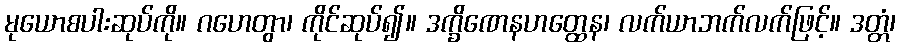
မုယောစပါးဆုပ်ကို။ ဂဟေတွာ၊ ကိုင်ဆုပ်၍။ ဒက္ခိဏေနဟတ္ထေန၊ လက်ယာဘက်လက်ဖြင့်။ ဒတ္တံ၊